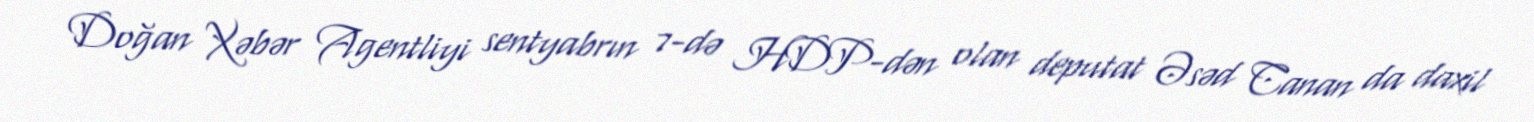
Doğan Xəbər Agentliyi sentyabrın 7-də HDP-dən olan deputat Əsəd Canan da daxil